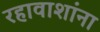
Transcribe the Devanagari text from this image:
रहावाशांना